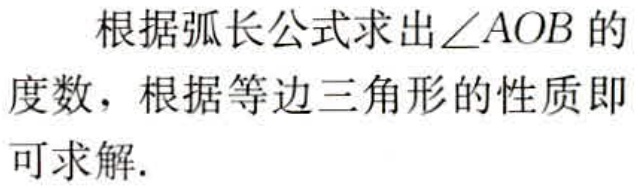
根据弧长公式求出\(\angle AOB\)的度数，根据等边三角形的性质即可求解.